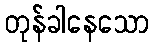
တုန်ခါနေသော